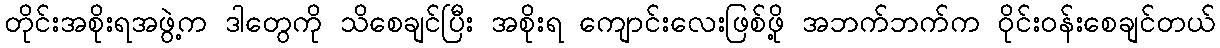
တိုင်းအစိုးရအဖွဲ့က ဒါတွေကို သိစေချင်ပြီး အစိုးရ ကျောင်းလေးဖြစ်ဖို့ အဘက်ဘက်က ဝိုင်းဝန်းစေချင်တယ်